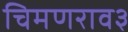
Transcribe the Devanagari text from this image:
चिमणराव३